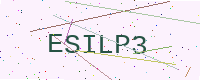
Text: ESILP3